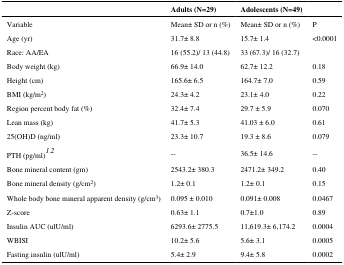
<table><thead><tr><td></td><td><b>Adults (N=29)</b></td><td><b>Adolescents (N=49)</b></td><td></td></tr></thead><tbody><tr><td>Variable</td><td>Mean± SD or n (%)</td><td>Mean± SD or n (%)</td><td>P</td></tr><tr><td>Age (yr)</td><td>31.7± 8.8</td><td>15.7± 1.4</td><td>&lt;0.0001</td></tr><tr><td>Race: AA/EA</td><td>16 (55.2)/ 13 (44.8)</td><td>33 (67.3)/ 16 (32.7)</td><td></td></tr><tr><td>Body weight (kg)</td><td>66.9± 14.0</td><td>62.7± 12.2</td><td>0.18</td></tr><tr><td>Height (cm)</td><td>165.6± 6.5</td><td>164.7± 7.0</td><td>0.59</td></tr><tr><td>BMI (kg/m<sup>2</sup>)</td><td>24.3± 4.2</td><td>23.1± 4.0</td><td>0.22</td></tr><tr><td>Region percent body fat (%)</td><td>32.4± 7.4</td><td>29.7 ± 5.9</td><td>0.070</td></tr><tr><td>Lean mass (kg)</td><td>41.7± 5.3</td><td>41.03 ± 6.0</td><td>0.61</td></tr><tr><td>25(OH)D (ng/ml)</td><td>23.3± 10.7</td><td>19.3 ± 8.6</td><td>0.079</td></tr><tr><td>PTH (pg/ml)<sup>1,2</sup></td><td>--</td><td>36.5± 14.6</td><td>--</td></tr><tr><td>Bone mineral content (gm)</td><td>2543.2± 380.3</td><td>2471.2± 349.2</td><td>0.40</td></tr><tr><td>Bone mineral density (g/cm<sup>2</sup>)</td><td>1.2± 0.1</td><td>1.2± 0.1</td><td>0.15</td></tr><tr><td>Whole body bone mineral apparent density (g/cm<sup>3</sup>)</td><td>0.095 ± 0.010</td><td>0.091± 0.008</td><td>0.0467</td></tr><tr><td>Z-score</td><td>0.63± 1.1</td><td>0.7±1.0</td><td>0.89</td></tr><tr><td>Insulin AUC (ulU/ml)</td><td>6293.6± 2775.5</td><td>11,619.3± 6,174.2</td><td>0.0004</td></tr><tr><td>WBISI</td><td>10.2± 5.6</td><td>5.6± 3.1</td><td>0.0005</td></tr><tr><td>Fasting insulin (ulU/ml)</td><td>5.4± 2.9</td><td>9.4± 5.8</td><td>0.0002</td></tr></tbody></table>